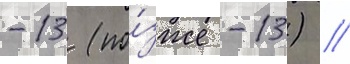
-13 (по́зже -13) //